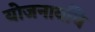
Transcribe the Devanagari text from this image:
योजनावधि